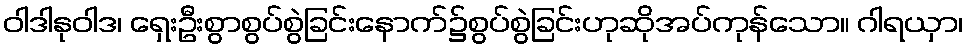
ဝါဒါနုဝါဒ၊ ရှေးဦးစွာစွပ်စွဲခြင်းနောက်၌စွပ်စွဲခြင်းဟုဆိုအပ်ကုန်သော။ ဂါရယှာ၊